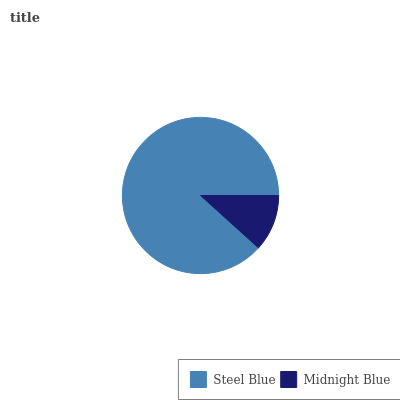
| Steel Blue | Midnight Blue |
 | --- | --- |
 | 88.3% | 11.7% |